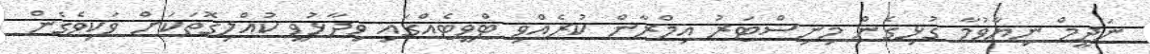
ނަދީމް ނިޔާވުމާ ގުޅިގެން މިނިސްޓަރު އިމްރާން ކުރެއްވި ޓްވީޓެއްގައި ވިދާޅުވީ ކުއްލިގޮތަކަށް ވަކިވެގެން